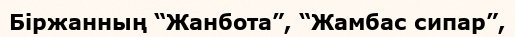
Біржанның “Жанбота”, “Жамбас сипар”,